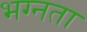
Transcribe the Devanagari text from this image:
भग्नता